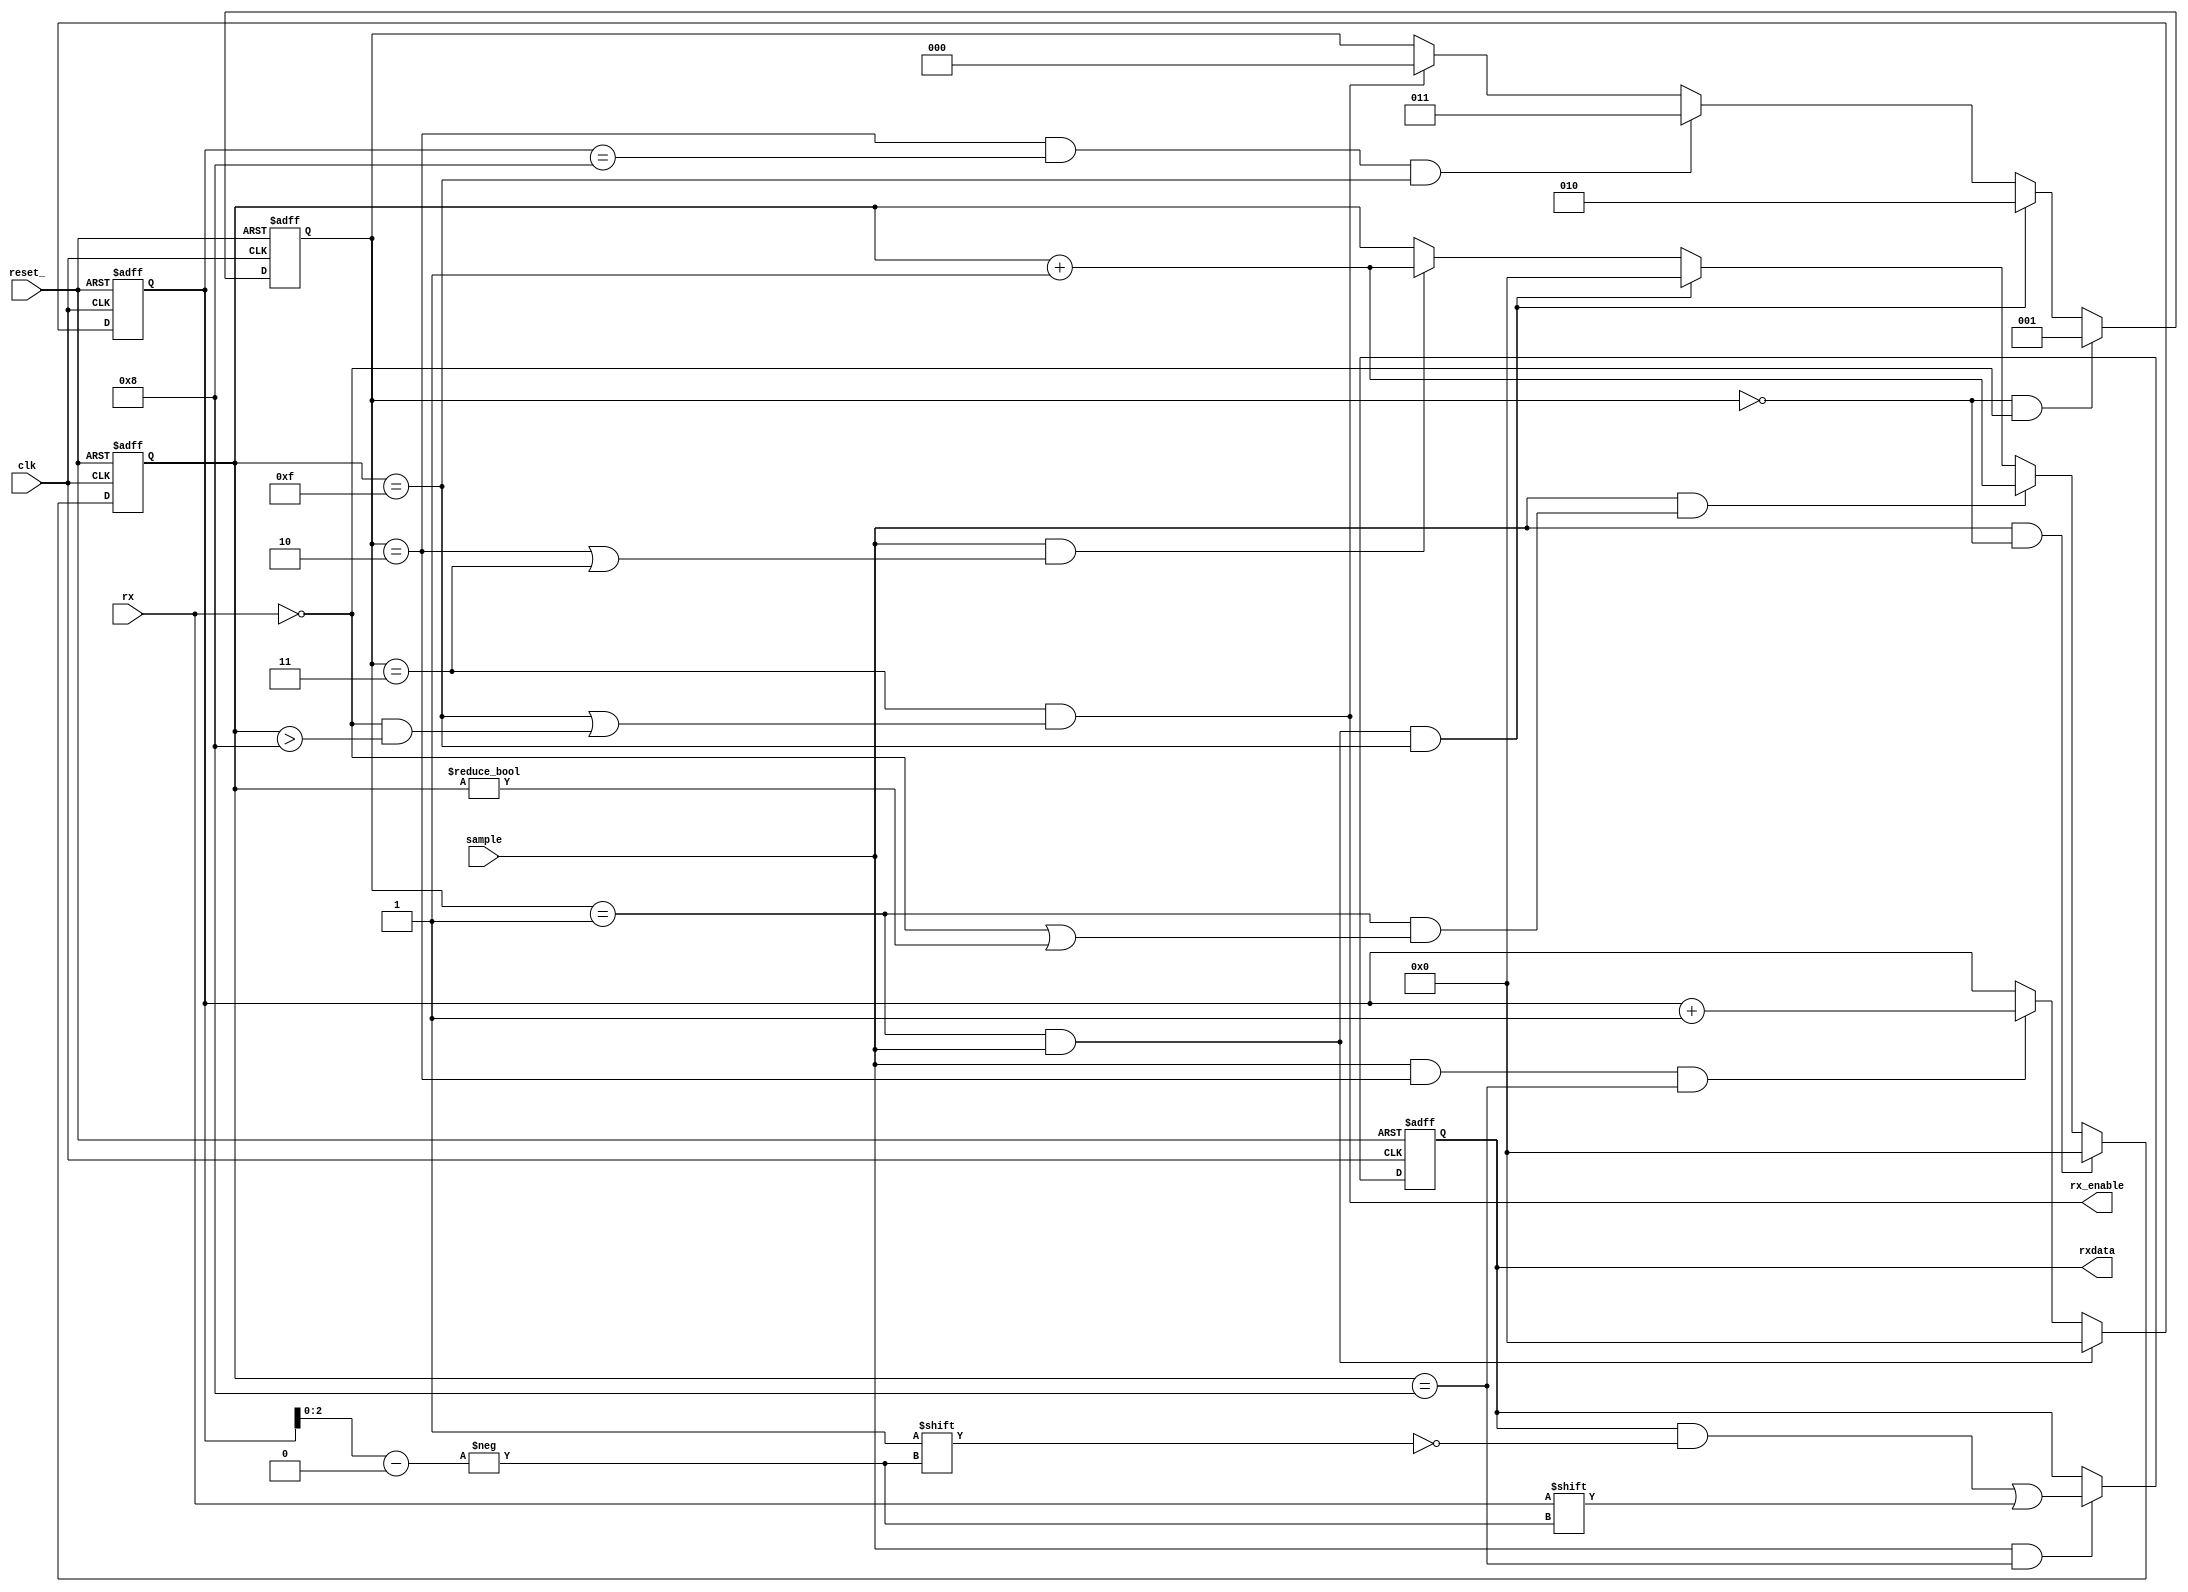
module rx(
   clk,
   reset_,
   sample,
   rx,
   rx_enable,
   rxdata);

   input        clk;
   input        reset_;
   input        sample;         // Pulse at "sample rate" (16x baud frequency)
   input        rx;             // Serial RX data from FTDI USB chip
   output       rx_enable;      // Set high for one clock when rxdata is ready
   output [7:0] rxdata;         // Deserialized byte received

   wire 	rx_stop;
   wire 	rx_enable;
   
   reg [2:0] 	state;
   reg [3:0] 	sample_cnt;
   reg [3:0] 	rxpos; 	
   reg [7:0] 	rxdata;

   // Indicates rxdata is ready (when STOP bit has finished being sampled)
   assign rx_enable = state == ST_RXSTOP && rx_stop;

   // End of stop bit; either when sample count saturates, or rx goes to
   // 0 at least halfway through the expected sample period
   assign rx_stop = sample_cnt == 4'hf || (!rx && sample_cnt > 4'h8);

   // End of bit period
   assign sample_done = sample_cnt == 4'hf;

   // Moment when data is sampled; halfway through bit period
   assign sample_en = sample_cnt == 4'h8;
   
   parameter ST_IDLE    = 2'd0;
   parameter ST_RXSTART = 2'd1;
   parameter ST_RXDATA  = 2'd2;
   parameter ST_RXSTOP  = 2'd3;

   // State machine
   always@ (posedge clk or negedge reset_)
     if (!reset_)
       state <= ST_IDLE;
     else if (state == ST_IDLE && !rx)
       state <= ST_RXSTART;
     else if (state == ST_RXSTART && sample && sample_done)
       state <= ST_RXDATA;
     else if (state == ST_RXDATA && rxpos == 4'd8 && sample_done)
       state <= ST_RXSTOP;
     else if (state == ST_RXSTOP && rx_stop)
       state <= ST_IDLE;

   // Sample counter
   always@ (posedge clk or negedge reset_)
     if (!reset_)
       sample_cnt <= 4'h0;
     else if (sample && state == ST_IDLE)
       sample_cnt <= 4'h0;
     else if (sample && (state == ST_RXSTART && (!rx || sample_cnt != 4'h0)))
       sample_cnt <= sample_cnt + 4'h1;
     else if (sample && state == ST_RXSTART && sample_done)
       sample_cnt <= 4'h0;
     else if (sample && (state == ST_RXDATA || state == ST_RXSTOP))
       sample_cnt <= sample_cnt + 4'h1;

   // Rx data bit position (which bit in the byte are we sampling)
   always@ (posedge clk or negedge reset_)
     if (!reset_)
       rxpos <= 4'h0;
     else if (sample && state == ST_RXSTART)
       rxpos <= 4'h0;
     else if (sample && state == ST_RXDATA && sample_en)
       rxpos <= rxpos + 4'h1;

   // Deserialized data
   always@ (posedge clk or negedge reset_)
     if (!reset_)
       rxdata <= 8'h0;
     else if (sample && sample_en)
       rxdata[rxpos[2:0]] <= rx;
      
endmodule